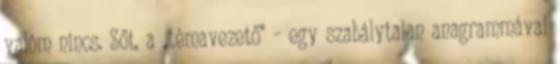
valóm nincs. Sőt, a „témavezető” – egy sza­bálytalan anagrammával